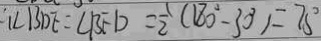
\angle B D E = \angle B F D = \frac { 1 } { 2 } ( 1 8 0 ^ { \circ } - 3 0 ^ { \circ } ) = 7 5 ^ { \circ }